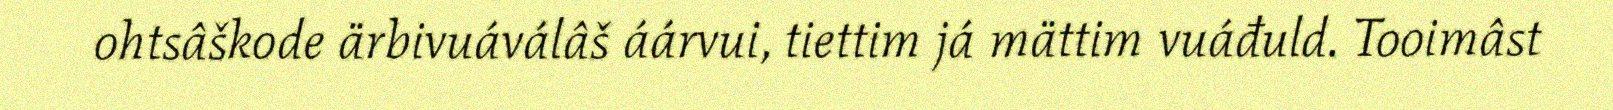
ohtsâškode ärbivuáválâš áárvui, tiettim já mättim vuáđuld. Tooimâst